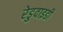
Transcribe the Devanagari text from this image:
रेडुवाइडी